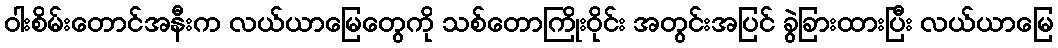
ဝါးစိမ်းတောင်အနီးက လယ်ယာမြေတွေကို သစ်တောကြိုးဝိုင်း အတွင်းအပြင် ခွဲခြားထားပြီး လယ်ယာမြေ